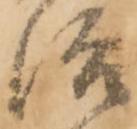
治